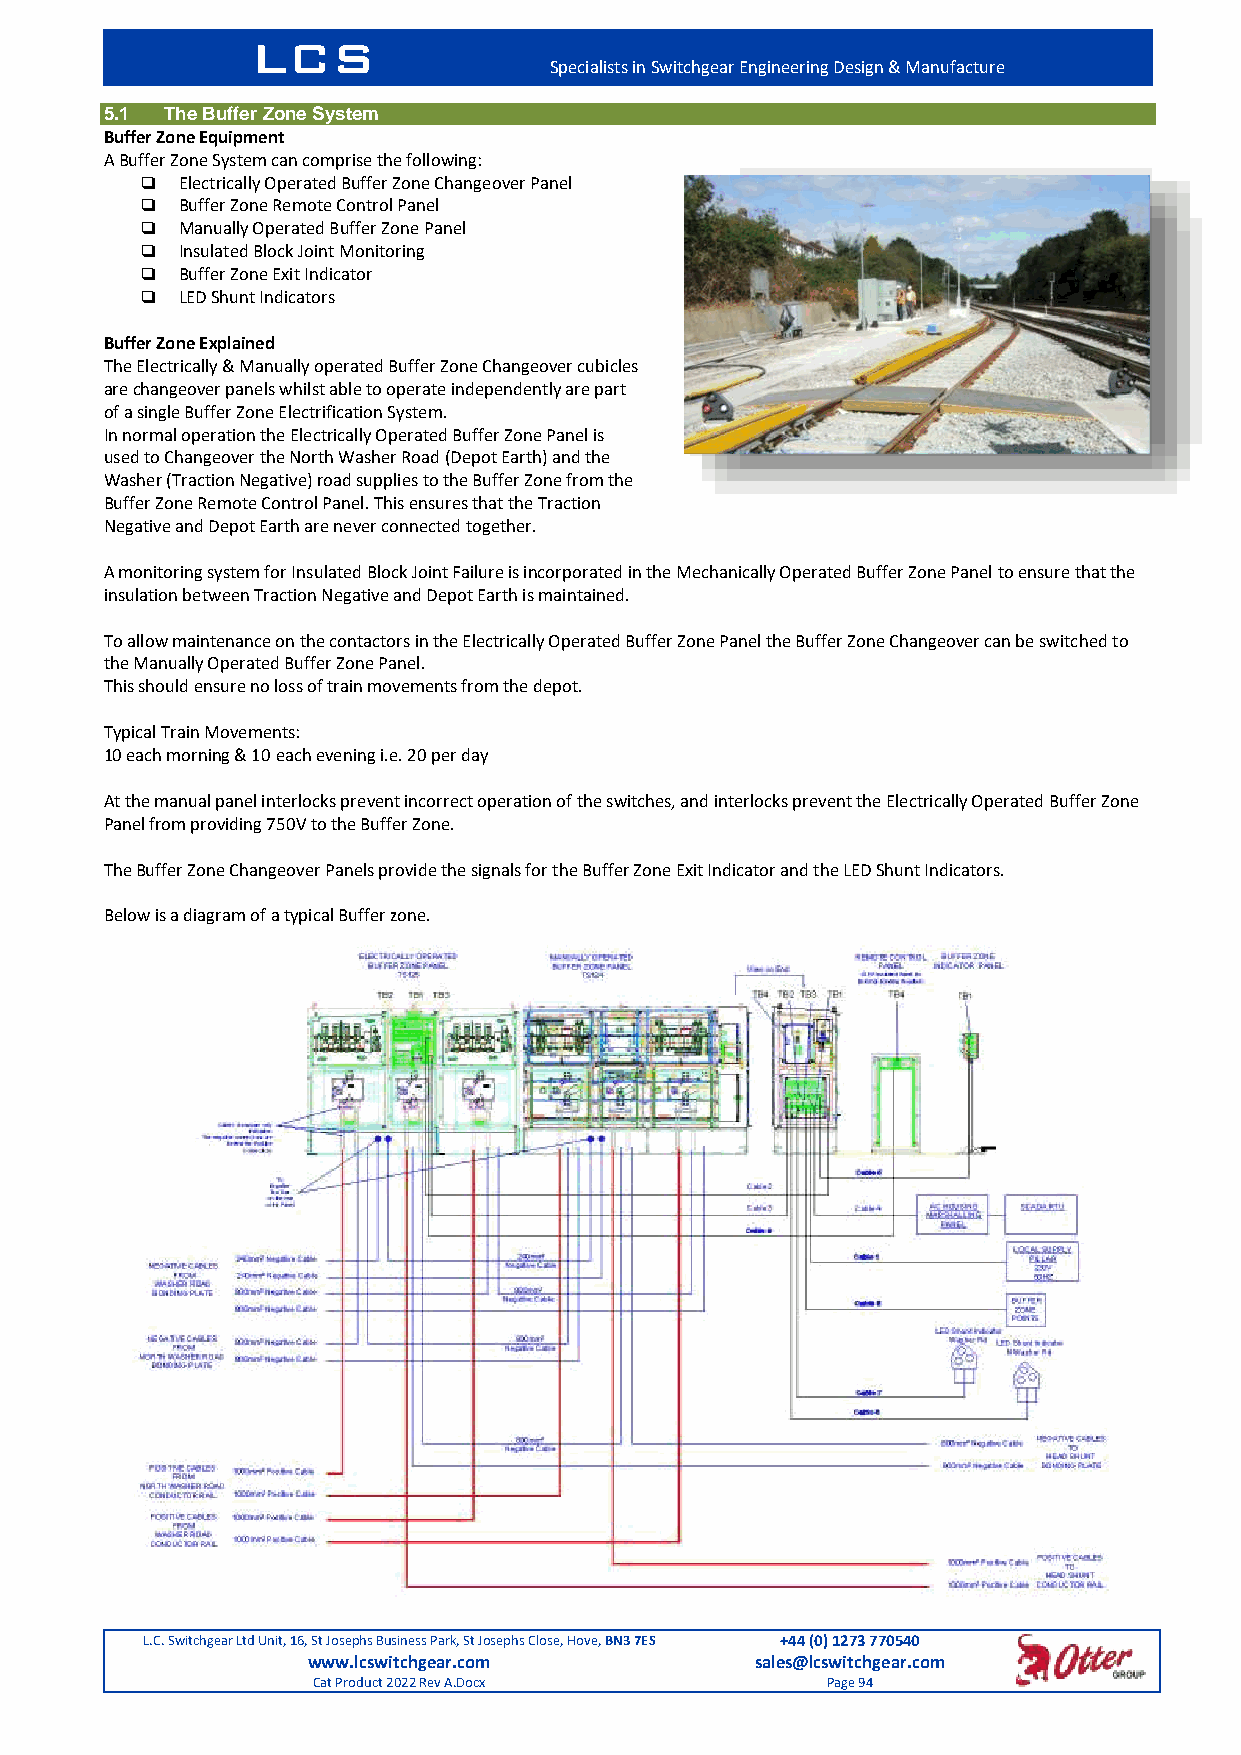
LCS
 Specialists in Switchgear Engineering Design & Manufacture
 5.1 The Buffer Zone System
 Buffer Zone Equipment
 A Buffer Zone System can comprise the following:
   Electrically Operated Buffer Zone Changeover Panel
   Buffer Zone Remote Control Panel
   Manually Operated Buffer Zone Panel
   Insulated Block Joint Monitoring
   Buffer Zone Exit Indicator
   LED Shunt Indicators
 Buffer Zone Explained
 The Electrically & Manually operated Buffer Zone Changeover cubicles
 are changeover panels whilst able to operate independently are part
 of a single Buffer Zone Electrification System.
 In normal operation the Electrically Operated Buffer Zone Panel is
 used to Changeover the North Washer Road (Depot Earth) and the
 Washer (Traction Negative) road supplies to the Buffer Zone from the
 Buffer Zone Remote Control Panel. This ensures that the Traction
 Negative and Depot Earth are never connected together.
 A monitoring system for Insulated Block Joint Failure is incorporated in the Mechanically Operated Buffer Zone Panel to ensure that the
 insulation between Traction Negative and Depot Earth is maintained.
 To allow maintenance on the contactors in the Electrically Operated Buffer Zone Panel the Buffer Zone Changeover can be switched to
 the Manually Operated Buffer Zone Panel.
 This should ensure no loss of train movements from the depot.
 Typical Train Movements:
 10 each morning & 10 each evening i.e. 20 per day
 At the manual panel interlocks prevent incorrect operation of the switches, and interlocks prevent the Electrically Operated Buffer Zone
 Panel from providing 750V to the Buffer Zone.
 The Buffer Zone Changeover Panels provide the signals for the Buffer Zone Exit Indicator and the LED Shunt Indicators.
 Below is a diagram of a typical Buffer zone.
 L.C. Switchgear Ltd Unit, 16, St Josephs Business Park, St Josephs Close, Hove, BN3 7ES +44 (0) 1273 770540
 www.lcswitchgear.com          sales@lcswitchgear.com
 Cat Product 2022 Rev A.Docx       Page 94